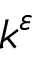
k ^ { \varepsilon }